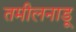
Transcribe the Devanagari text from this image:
तमीलनाडू